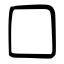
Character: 囗